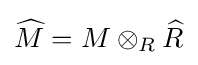
{\widehat {M}}=M\otimes _{R}{\widehat {R}}